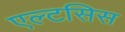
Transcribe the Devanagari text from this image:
एल्टसिस